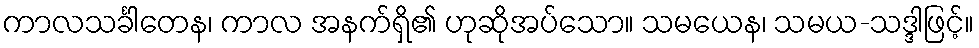
ကာလသင်္ခါတေန၊ ကာလ အနက်ရှိ၏ ဟုဆိုအပ်သော။ သမယေန၊ သမယ-သဒ္ဒါဖြင့်။